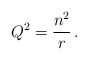
\begin{align*} Q^2 = \frac{n^2}{r} \,.\end{align*}